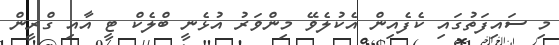
މި ސައިފަތުގައި ކެފެއިން އެކުލެވޭ މިންވަރު އުޅެނީ ބްލެކް ޓީ އާއި ގްރީން